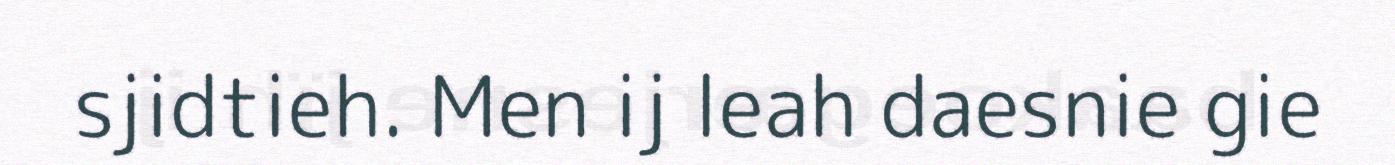
sjidtieh. Men ij leah daesnie gie